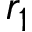
r _ { 1 }